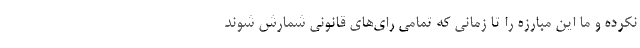
نکرده و ما این مبارزه را تا زمانی که تمامی رای‌های قانونی شمارش شوند